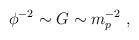
LaTeX: \begin{align*}\phi^{-2} \sim G \sim m_{p}^{-2}~, \end{align*}